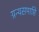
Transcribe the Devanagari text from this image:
ग्रन्थसमाप्ति